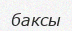
баксы